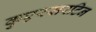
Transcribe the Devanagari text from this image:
कुएरसरटिन